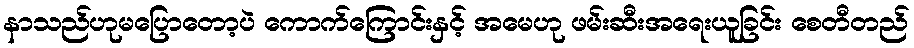
နာသည်ဟုမပြောတော့ပဲ ကောက်ကြောင်းနှင့် အမေဟု ဖမ်းဆီးအရေးယူခြင်း စေတီတည်